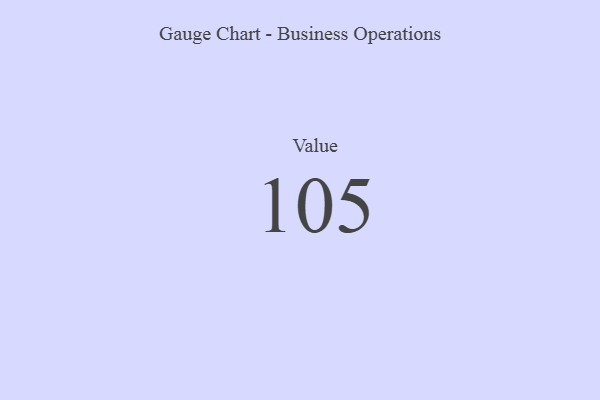
{"axis": {"x": "Metric", "y": "Value"}, "legend": [""], "data": [{"x": "Value", "y": 105, "type": ""}]}